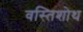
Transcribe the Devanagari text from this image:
वस्तिशोथ